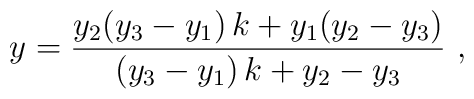
y=\frac {y_2(y_3-y_1)\,k+y_1(y_2-y_3)}{(y_3-y_1)\,k+y_2-y_3}\ ,